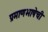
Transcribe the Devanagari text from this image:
प्रमाणभाषेची